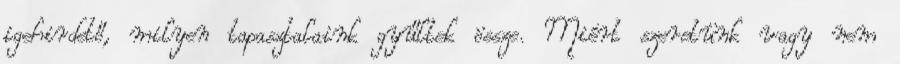
igehirdető, milyen tapasztalaink gyűltek össze. Miért szeretünk vagy nem